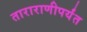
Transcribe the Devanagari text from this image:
ताराराणीपर्यंत